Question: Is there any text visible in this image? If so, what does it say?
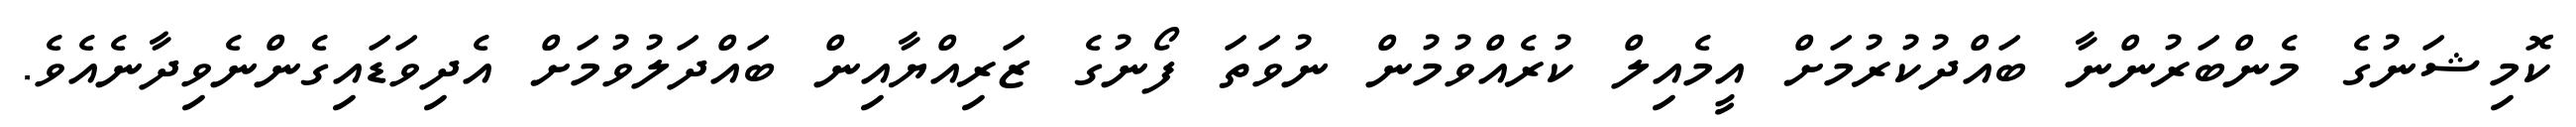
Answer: ކޮމިޝަނުގެ މެންބަރުންނާ ބައްދުކުރުމަށް އީމެއިލް ކުރެއްވުމުން ނުވަތަ ފޯނުގެ ޒަރިއްޔާއިން ބައްދަލުވުމަށް އެދިވަޑައިގެންނެވިދާނެއެވެ.